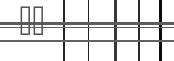
٣٦